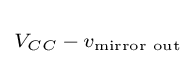
\scriptstyle V_{CC}\,-\,v_{\text{mirror out}}